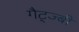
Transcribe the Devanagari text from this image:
गैट्ज्बी